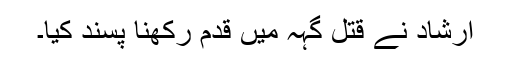
ارشاد نے قتل گہہ میں قدم رکھنا پسند کیا۔